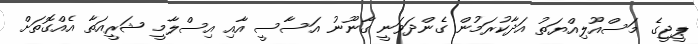
ޕީޖީގެ މަސްއޫލިއްޔަތު އަދާކުރަމުން ގެންދަވަނީ ގާނޫނު އަސާސީ އާއި އިސްލާމީ ޝަރީއަތާ އެއްގޮތަށް